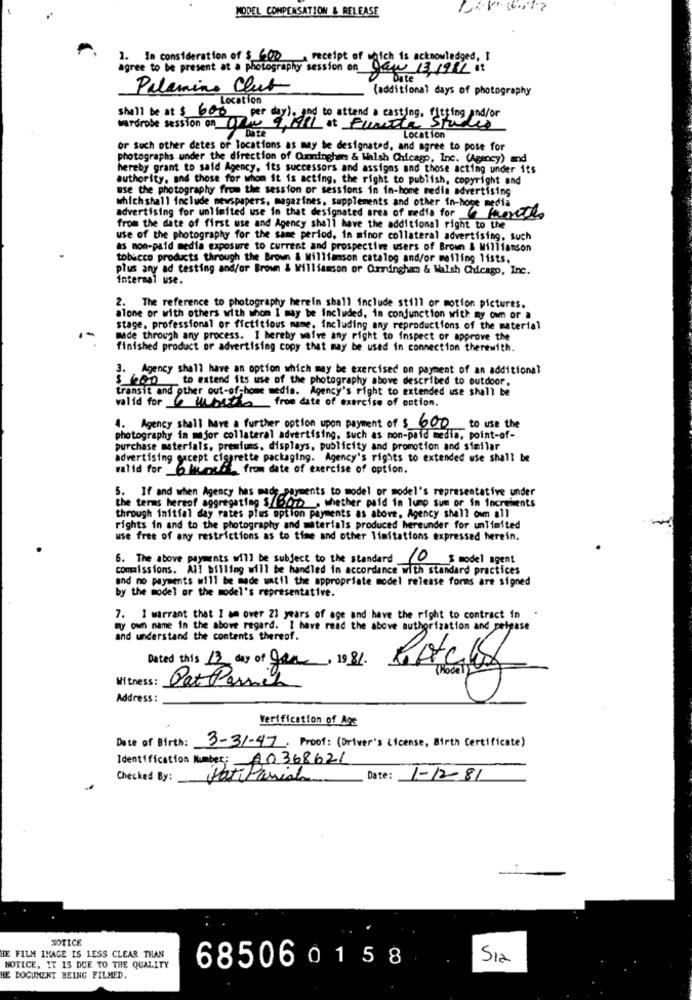
MODEL COMPENSATION & RELEASE
1. In consideration of $ 600
a receipt of which is acknowledged, I
agree to be present at a photography session on
Daw 131981 it
Date
Palamine Club
(additional days of photography
Location
shall be at $ 600 per day). and to attend a casting, fitting and/or
Mirdrobe session on To PARL at Furste Stal
Date
Location
OF Such other detes or locations as may be designated, and agree to pose for
photographs under the direction of Cumminghans & Walsh Chicago, Inc. (Agency) and
hereby grant to said Agency, its successors and assigns and those acting under its
authority, and those for whom it is acting, the right to publish, copyright and
use the photography from the session or sessions in in-home media advertising
which shall include newspapers, magazines, supplements and other in-hoge media
advertising for unlimited use in that designated area of media for moretes
from the date of first use and Agency shall have the additional right to the
use of the photography for the same period. in minor collateral advertising, such
as mon-paid media exposure to current and prospective users of Brown & Williamson
tobacco products through the Brown & Williamson catalog and/or mailing lists.
plus any ad testing and/or Brown & Williamson or Orrdnghan & Walsh Chicago, Inc.
internal use.
2. The reference to photography herein shall include still or motion pictures.
alone or with others with whom I may be included, in conjunction with my own or a
stage, professional or fictitious mame, including any reproductions of the material
made through any process. I hereby waive any right to inspect or approve the
finished product or advertising copy that may be used in connection therewith.
3. Agency shall have an option which may be exercised on payment of an additional
$ 600 to extend its use of the photography above described to outdoor.
transit and other out-of-home medio. Agency's right to extended use shall be
valid for li baz from date of exercise of option.
4. Agency shall have a further option upon payment of $ 600
to use the
photography in mejor collateral advertising, such as mon-paid media, point-of-
purchase materials, premiums, displays, publicity and promotion and similar
advertising except cigarette packaging. Agency's rights to extended use shall be
valid for a Mensch, from date of exercise of option.
5. If and when Agency has made payments to model or model's representative under
the terms hereof aggregating $/bord , whether paid in lump sum or in increments
through initial day rates plus option payments as above, Agency shall own all
rights in and to the photography and materials produced hereunder for unlimited
use free of any restrictions as to time and other limitations expressed herein.
6. The above payments will be subject to the standard 10 % model agent
commissions. All billing will be handled in accordance with standard practices
and no payments will be made watil the appropriate model release forms are signed
by the model or the model's representative.
7. I warrant that I am over 21 years of age and have the right to contract in
my own name in the above regard. I have read the above authorization and pelpase
and understand the contents thereof.
Dated this 13 day of you, 1981.
Witness:
Pat Pernil
Address :
Verification of Age
Date of Birth:
3-31-47. Proof: (Driver's License, Birth Certificate)
Identification Number: A0368621
Checked By:
Pat Paris
Date:
1-12-81
NOTICE
HE FILM IMAGE IS LESS CLEAR THAN
Sia
NOTICE, IT IS DUE TO THE QUALITY
685060158
HE DOCUMENT BEING FILMED.